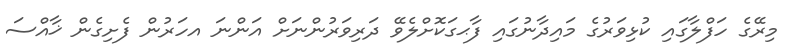
މިރޭގެ ހަފްލާގައި ކުޅިވަރުގެ މައިދާނުގައި ފާޙގަަކޮށްލެވޭ ދަރިވަރުންނަށް އަންނަ އހަރުން ފެށިގެން ޚާއްސަ